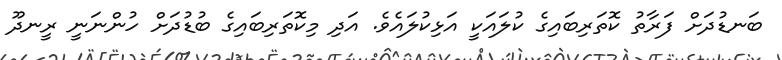
ބަނޑުދަށް ފަރާތު ކޮތަރިބައިގެ ކުލައަކީ އަޅިކުލައެވެ. އަދި މިކޮތަރިބައިގެ ބުޑުދަށް ހުންނަނީ ރީނދޫ